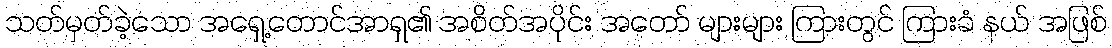
သတ်မှတ်ခဲ့သော အရှေ့တောင်အာရှ၏ အစိတ်အပိုင်း အတော် များများ ကြားတွင် ကြားခံ နယ် အဖြစ်